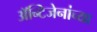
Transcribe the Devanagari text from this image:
अॅन्टिजेनांच्या